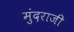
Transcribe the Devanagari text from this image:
मुंदराजी